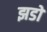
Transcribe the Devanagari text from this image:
झडो